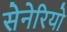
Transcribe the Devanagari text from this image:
सेनेरियो